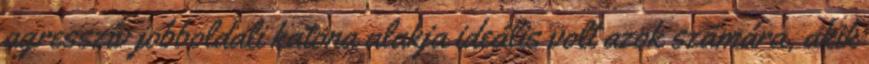
agresszív jobboldali katona alakja ideális volt azok számára, akik